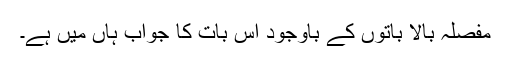
مفصلہ بالا باتوں کے باوجود اس بات کا جواب ہاں میں ہے۔